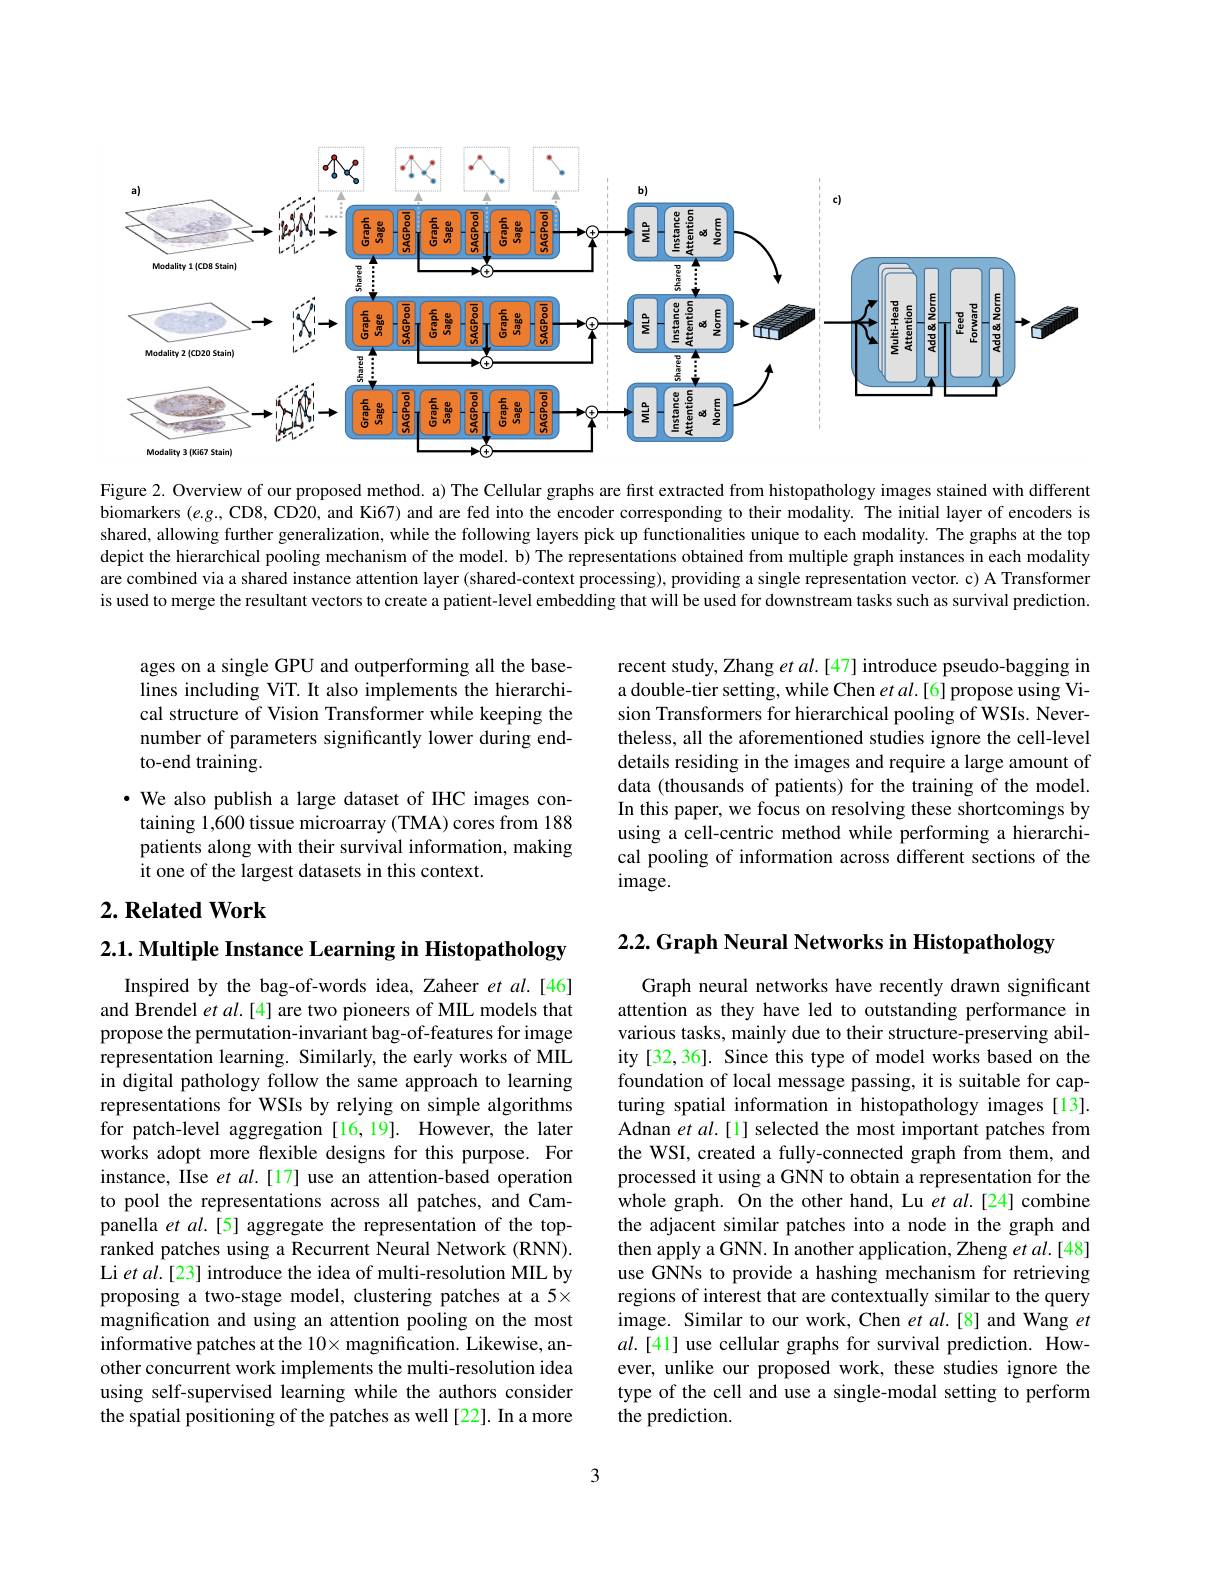
<FigureHere>

Figure 2. Overview of our proposed method. a) The Cellular graphs are first extracted from histopathology images stained with different biomarkers (e.g., CD8, CD20, and Ki67) and are fed into the encoder corresponding to their modality. The initial layer of encoders is shared, allowing further generalization, while the following layers pick up functionalities unique to each modality. The graphs at the top depict the hierarchical pooling mechanism of the model. b) The representations obtained from multiple graph instances in each modality are combined via a shared instance attention layer (shared-context processing), providing a single representation vector. c) A Transformer is used to merge the resultant vectors to create a patient-level embedding that will be used for downstream tasks such as survival prediction.

ages on a single GPU and outperforming all the baselines including ViT. It also implements the hierarchical structure of Vision Transformer while keeping the number of parameters significantly lower during endto-end training.

recent study, Zhang $etal.[47]$ introduce pseudo-bagging in a double-tier setting, while Chen $etal.[6]$ propose using Vision Transformers for hierarchical pooling of WSIs. Nevertheless, all the aforementioned studies ignore the cell-level details residing in the images and require a large amount of data (thousands of patients) for the training of the model. In this paper, we focus on resolving these shortcomings by using a cell-centric method while performing a hierarchical pooling of information across different sections of the $image.$

·We also publish a large dataset of IHC images containing 1,600 tissue microarray (TMA) cores from 188 patients along with their survival information, making it one of the largest datasets in this context.

## $2. \textbf{Related Work}$

2.2. Graph Neural Networks in Histopathology

2.1. Multiple Instance Learning in Histopathology

Inspired by the bag-of-words idea, Zaheer et al.[46] and Brendel et al.[4] are two pioneers of MIL models that propose the permutation-invariant bag-of-features for image representation learning. Similarly, the early works of MIL in digital pathology follow the same approach to learning representations for WSIs by relying on simple algorithms for patch-level aggregation [16,19]. However, the later works adopt more flexible designs for this purpose. For instance, IIse $et$ al.[17] use an attention-based operation to pool the representations across all patches, and Campanella et al.[5] aggregate the representation of the topranked patches using a Recurrent Neural Network (RNN). Li et al.[23] introduce the idea of multi-resolution MIL by proposing a two-stage model, clustering patches at a 5× magnification and using an attention pooling on the most informative patches at the 10× magnification. Likewise, another concurrent work implements the multi-resolution idea using self-supervised learning while the authors consider the spatial positioning of the patches as well [22]. In a more

Graph neural networks have recently drawn significant attention as they have led to outstanding performance in various tasks, mainly due to their structure-preserving ability [32, 36]. Since this type of model works based on the foundation of local message passing, it is suitable for capturing spatial information in histopathology images[13]. Adnan et al.[1] selected the most important patches from the WSI, created a fully-connected graph from them, and processed it using a GNN to obtain a representation for the whole graph. On the other hand, Lu $et$ al.[24] combine the adjacent similar patches into a node in the graph and then apply a GNN. In another application, Zheng et al.[48] use GNNs to provide a hashing mechanism for retrieving regions of interest that are contextually similar to the query image. Similar to our work, Chen $etal.[8]$ and Wang et $al.[41]$ use cellular graphs for survival prediction. However, unlike our proposed work, these studies ignore the type of the cell and use a single-modal setting to perform the prediction.

3